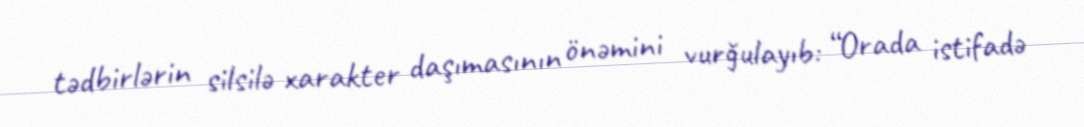
tədbirlərin silsilə xarakter daşımasının önəmini vurğulayıb: “Orada istifadə